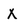
Character: X